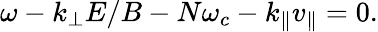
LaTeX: \omega-k_{\perp}E/B-N\omega_{c}-k_{\parallel}v_{\parallel}=0.